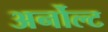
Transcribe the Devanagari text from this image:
अर्नोल्ट